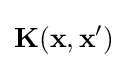
{\textbf {K}}({\textbf {x}},{\textbf {x}}')